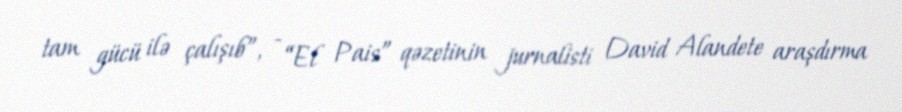
tam gücü ilə çalışıb”, - “El Pais” qəzetinin jurnalisti David Alandete araşdırma